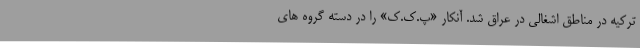
ترکیه در مناطق اشغالی در عراق شد. آنکار «پ.ک.ک» را در دسته گروه های